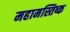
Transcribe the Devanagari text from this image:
महामस्तिष्क